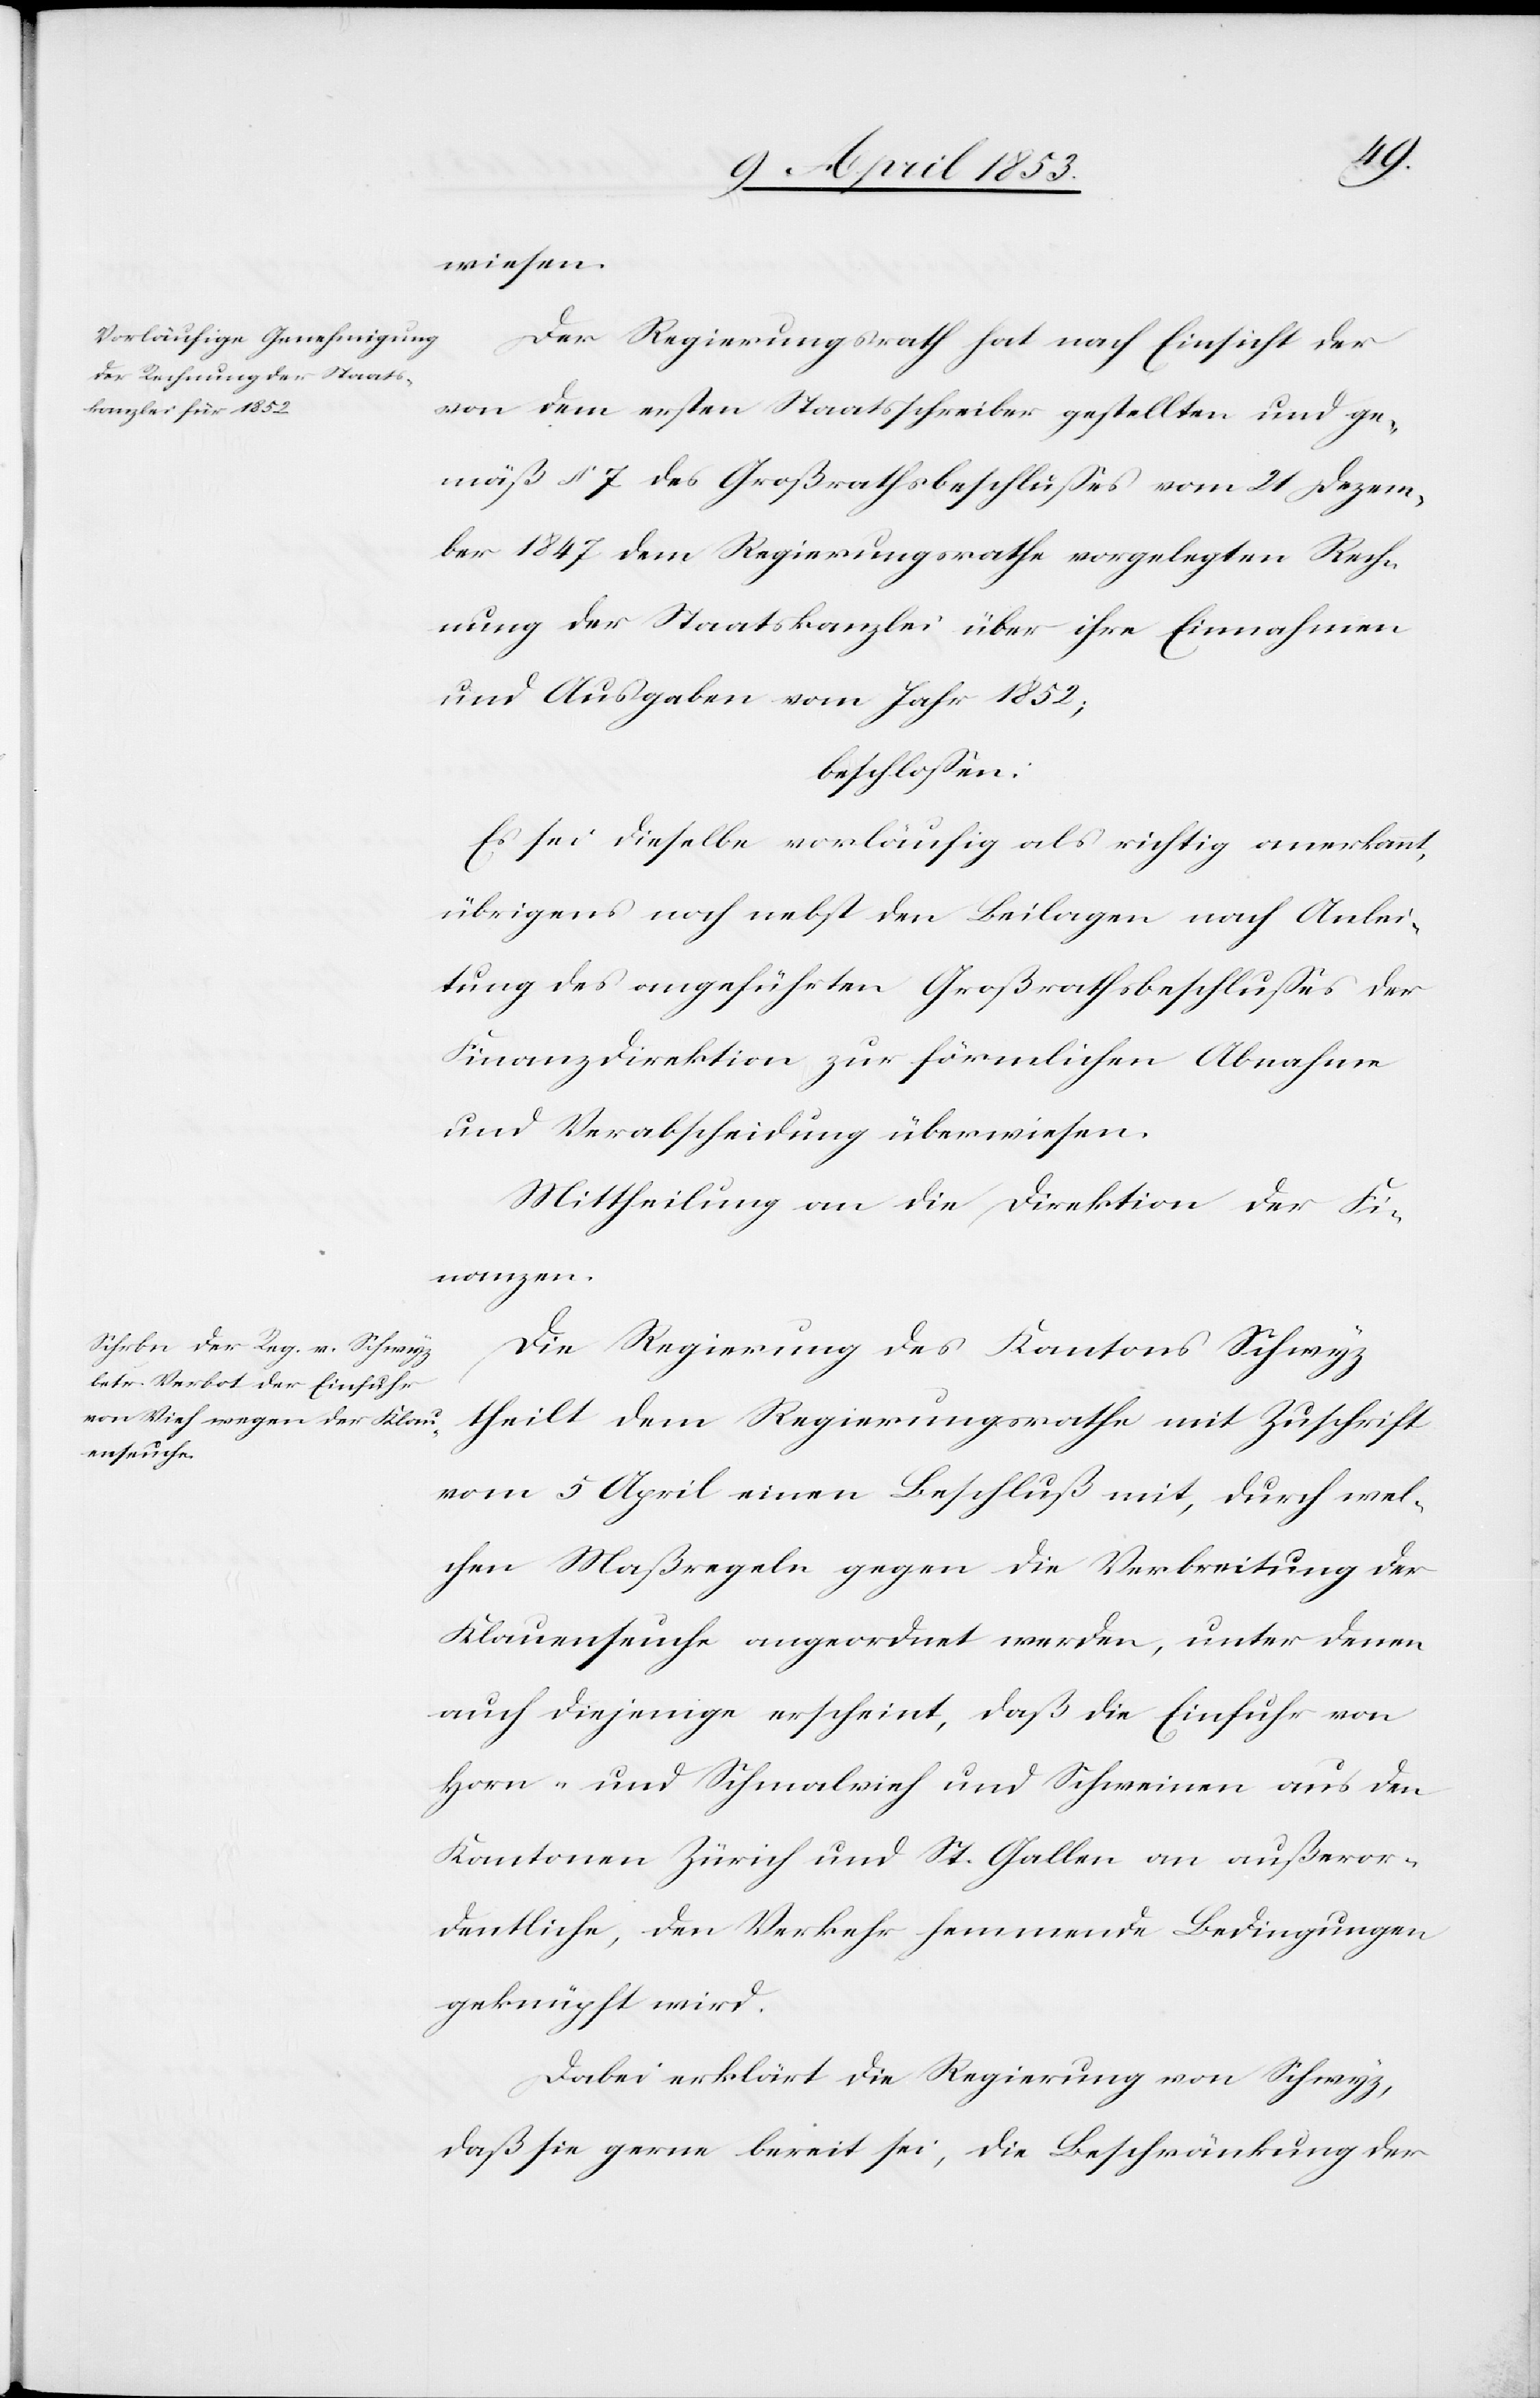
wiesen.
Der Regierungsrath hat nach Einsicht der
von dem ersten Staatsschreiber gestellten und ge¬
mäß § 7 des Großrathsbeschlußes vom 21 Dezem¬
ber 1847 dem Regierungsrathe vorgelegten Rech¬
nung der Staatskanzlei über ihre Einnahmen
und Ausgaben vom Jahr 1852;
beschloßen:
Es sei dieselbe vorläufig als richtig anerkannt
übrigens noch nebst den Beilagen nach Anlei¬
tung des angeführten Großrathsbeschlußes der
Finanzdirektion zur förmlichen Abnahme
und Verabreichung überwiesen.
Mittheilung an die Direktion der Fi¬
nanzen.
Die Regierung des Kantons Schwyz
theilt dem Regierungsrathe mit Zuschrift
vom 5 April einen Beschluß mit, durch wel¬
chen Maßregeln gegen die Verbreitung der
Klauenseuche angeordnet werden, unter denen
auch diejenige erscheint, daß die Einfuhr von
Horn- und Schmalvieh und Schweinen aus den
Kantonen Zürich und St. Gallen an außeror¬
dentliche, den Verkehr hemmende Bedingungen
geknüpft wird.
Dabei erklärt die Regierung von Schwyz,
daß sie gerne bereit sei, die Beschränkung der